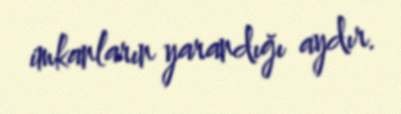
imkanların yarandığı aydır.